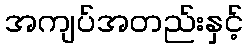
အကျပ်အတည်းနှင့်